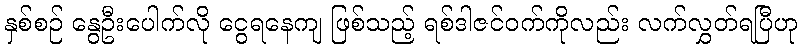
နှစ်စဉ် နွေဦးပေါက်လို ငွေရနေကျ ဖြစ်သည့် ရစ်ဒါဇင်ဝက်ကိုလည်း လက်လွှတ်ရပြီဟု